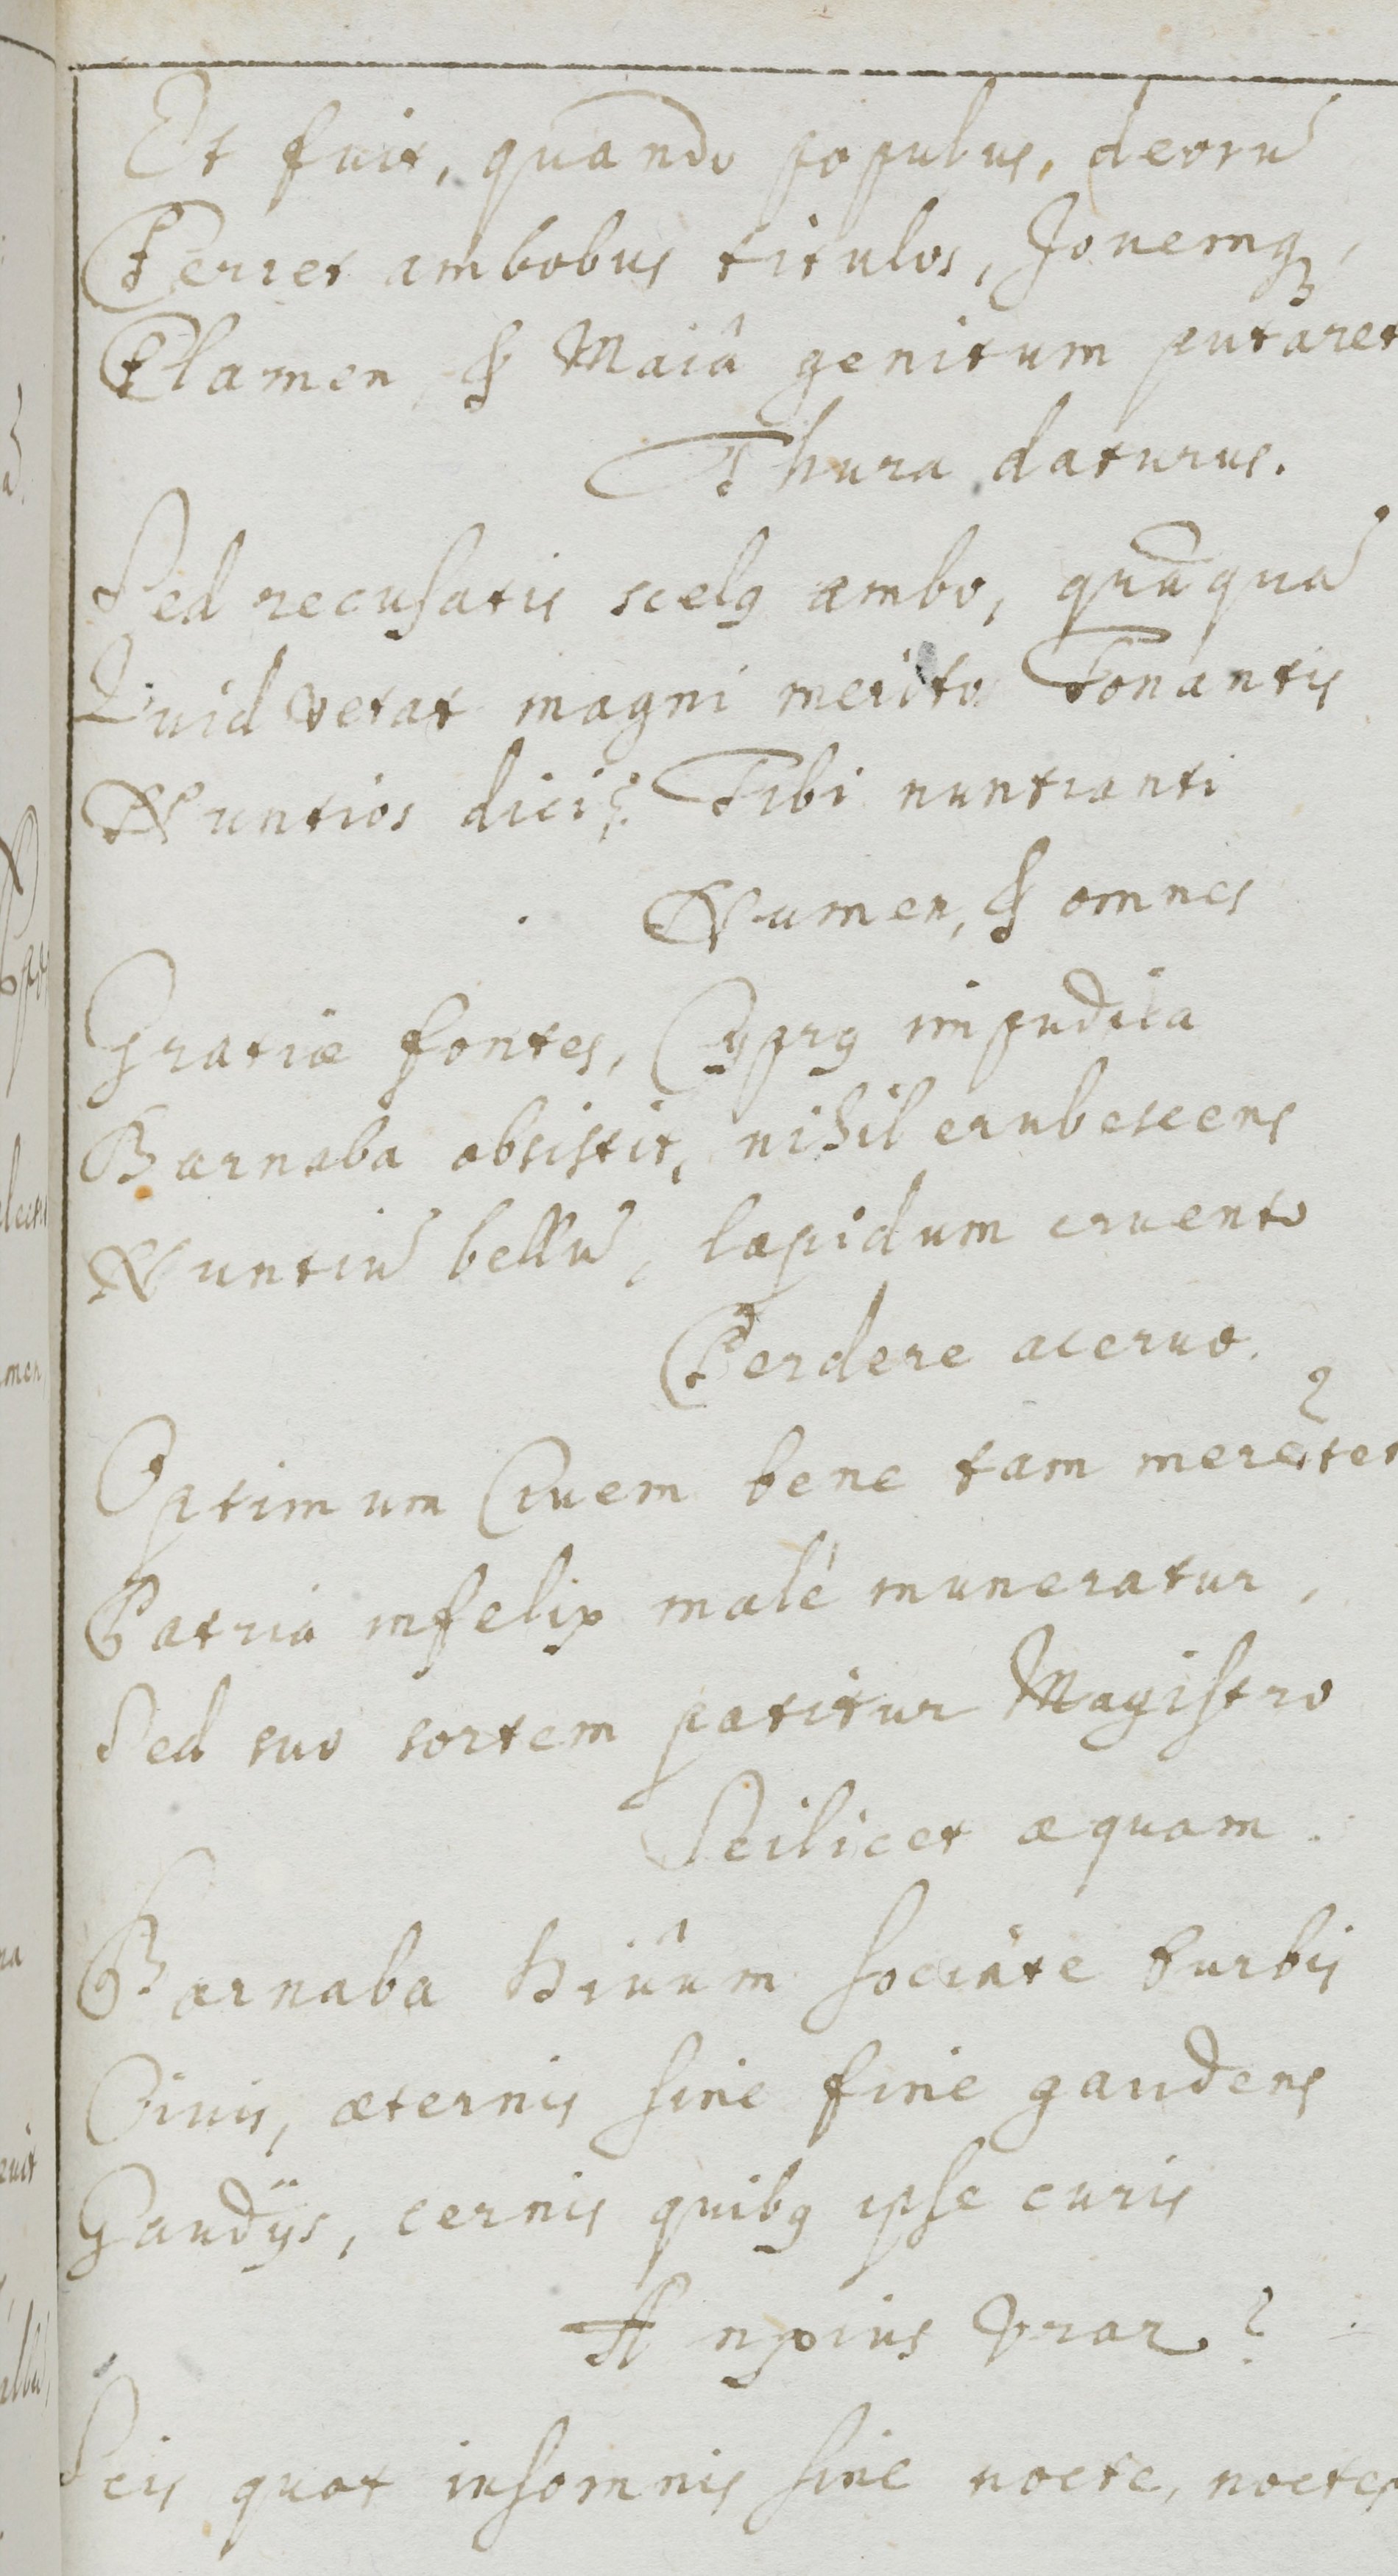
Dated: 1500–1599